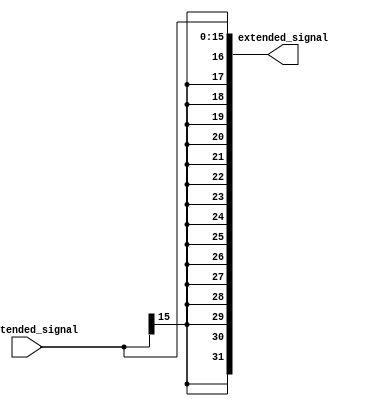
`timescale 1ns / 1ps
////////////////////////////////////////////////////////////////////////////////// 
// 
// Module Name:    extended_register 

//////////////////////////////////////////////////////////////////////////////////
module extended_register( input [15:0] unextended_signal, output reg[31:0] extended_signal
    );
	 always@*
	 begin 
	  extended_signal <= $signed(unextended_signal);
	 end
endmodule